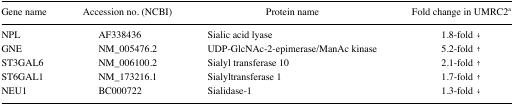
<table><thead><tr><td><b>Gene name</b></td><td><b>Accession no. (NCBI)</b></td><td><b>Protein name</b></td><td><b>Fold change in UMRC2<sup>a</sup></b></td></tr></thead><tbody><tr><td>NPL</td><td>AF338436</td><td>Sialic acid lyase</td><td>1.8-fold ↓</td></tr><tr><td>GNE</td><td>NM_005476.2</td><td>UDP-GlcNAc-2-epimerase/ManAc kinase</td><td>5.2-fold ↑</td></tr><tr><td>ST3GAL6</td><td>NM_006100.2</td><td>Sialyl transferase 10</td><td>2.1-fold ↑</td></tr><tr><td>ST6GAL1</td><td>NM_173216.1</td><td>Sialyltransferase 1</td><td>1.7-fold ↑</td></tr><tr><td>NEU1</td><td>BC000722</td><td>Sialidase-1</td><td>1.3-fold ↓</td></tr></tbody></table>